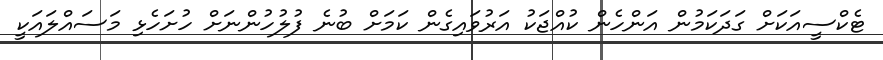
ޓެކްސީއަކަށް ގަދަކަމުން އަންހެން ކުއްޖަކު އަރުވައިގެން ކަމަށް ބުނެ ފުލުހުންނަށް ހުށަހެޅި މަސައްލައަކީ